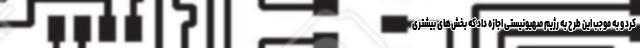
کرد و به موجب این طرح به رژیم صهیونیستی اجازه داد که بخش‌های بیشتری